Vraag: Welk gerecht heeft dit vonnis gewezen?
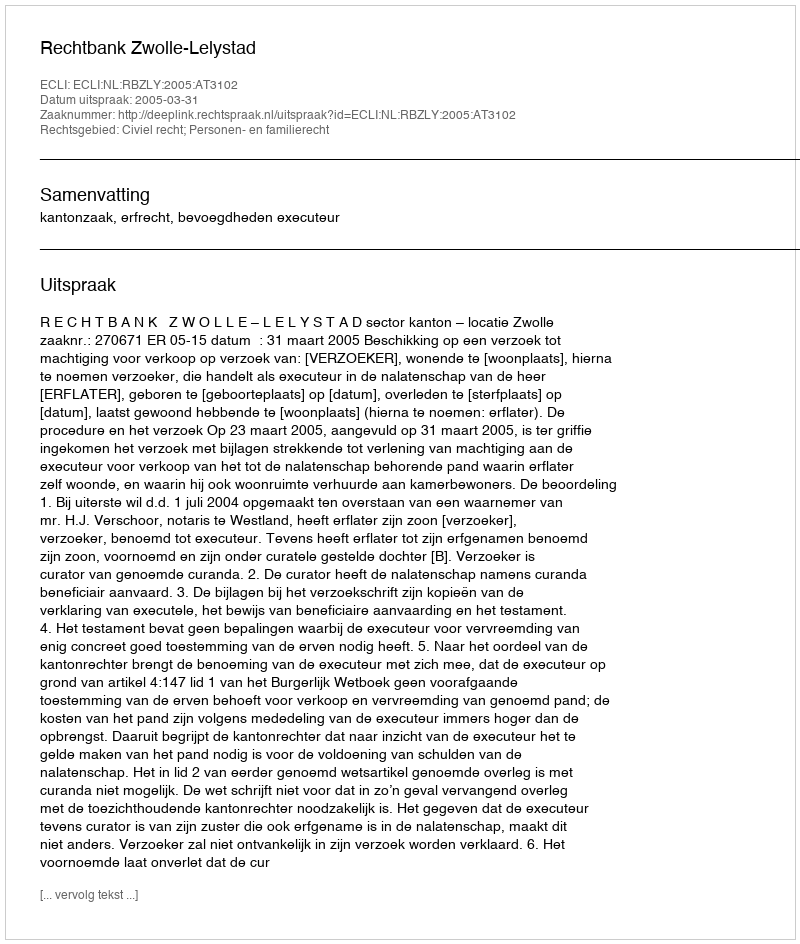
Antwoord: Rechtbank Zwolle-Lelystad